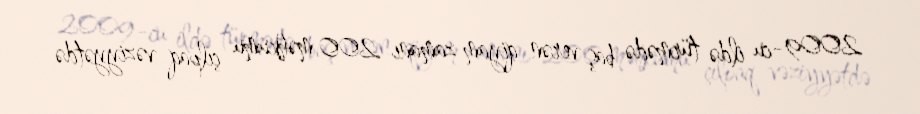
2009-cu ildə türmədə baş verən qiyam zamanı 200 məhkumu çılpaq vəziyyətdə